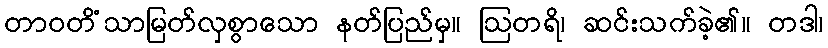
တာဝတိံသာမြတ်လှစွာသော နတ်ပြည်မှ။ ဩတရိ၊ ဆင်းသက်ခဲ့၏။ တဒါ၊